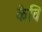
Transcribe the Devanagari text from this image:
केविं